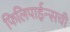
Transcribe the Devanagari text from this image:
फिलिपाईन्सची